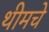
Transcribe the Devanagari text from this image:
थीमचे